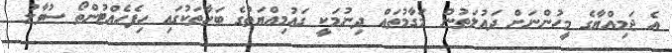
އެ ޖަމިއްޔާގެ މީހުންނަށް ދައުލަތުން މަގާމުތައް ދިނުމަކީ ގައުމިއްޔަތުގެ ބަހާތަކުގައި ހިފެހެއްޓުންތޯ ސުވާލު